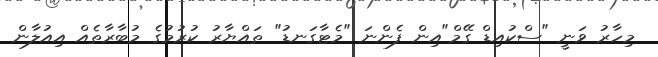
މިހާރު ވަނީ "ސްކުއިޑް ގޭމް"އިން ފެންނަ "މެޓާގަނޑު" ތައްޔާރު ކުރުމުގެ މުބާރާތެއް އިއުލާން